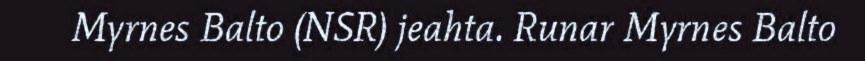
Myrnes Balto (NSR) jeahta. Runar Myrnes Balto